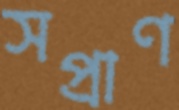
সপ্রাণ